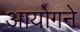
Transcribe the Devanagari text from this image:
आयोगने